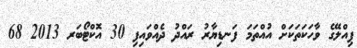
ޕިއްލޭގެ ވާހަކަތަކަށް އުއްތަމަ ފަނޑިޔާރު ރައްދު ދެއްވައިފި 30 އޮކްޓޯބަރ 2013 68